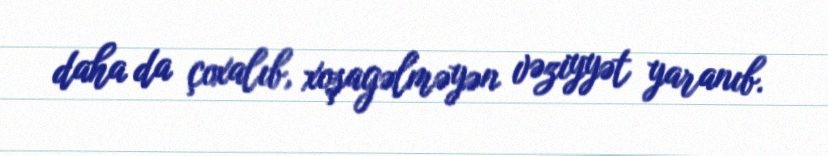
daha da çoxalıb, xoşagəlməyən vəziyyət yaranıb.